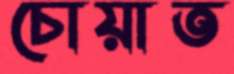
চোয়াত